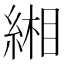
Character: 緗